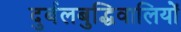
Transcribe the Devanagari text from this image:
दुर्बलबुद्धिवालियों